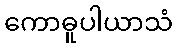
ကောဓူပါယာသံ